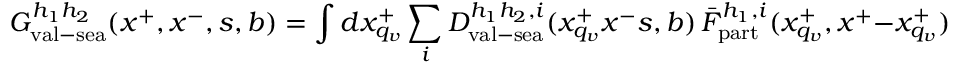
G _ { \mathrm { v a l } - \mathrm { s e a } } ^ { h _ { 1 } h _ { 2 } } ( x ^ { + } , x ^ { - } , s , b ) = \int d x _ { q _ { v } } ^ { + } \sum _ { i } D _ { \mathrm { v a l } - \mathrm { s e a } } ^ { h _ { 1 } h _ { 2 } , i } ( x _ { q _ { v } } ^ { + } x ^ { - } s , b ) \, \bar { F } _ { \mathrm { p a r t } } ^ { h _ { 1 } , i } ( x _ { q _ { v } } ^ { + } , x ^ { + } - x _ { q _ { v } } ^ { + } ) \, F _ { \mathrm { p a r t } } ^ { h _ { 2 } } ( x ^ { - } )